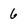
Character: 6